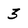
Character: 3